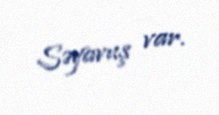
Səyavuş var.